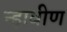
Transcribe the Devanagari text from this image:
न्हावीण